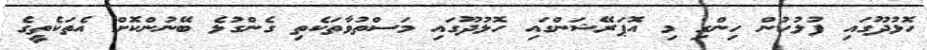
ހޮޅުދޫގައި ފުލުހުން ހިންގި މި އޮޕަރޭޝަންގައި ހޮޅުދޫގައި މަސްތުވާތަކެތި ގެންގުޅެ ބޭނުންކޮށް އެތަކެތީގެ